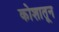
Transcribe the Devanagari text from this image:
कोशातून